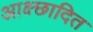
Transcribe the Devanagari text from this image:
आक्ष्छादित